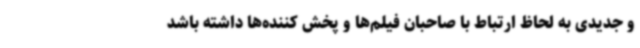
و جدیدی به لحاظ ارتباط با صاحبان فیلم‌ها و پخش کننده‌ها داشته باشد